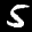
Label: 5